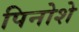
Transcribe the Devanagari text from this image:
पिनोशे